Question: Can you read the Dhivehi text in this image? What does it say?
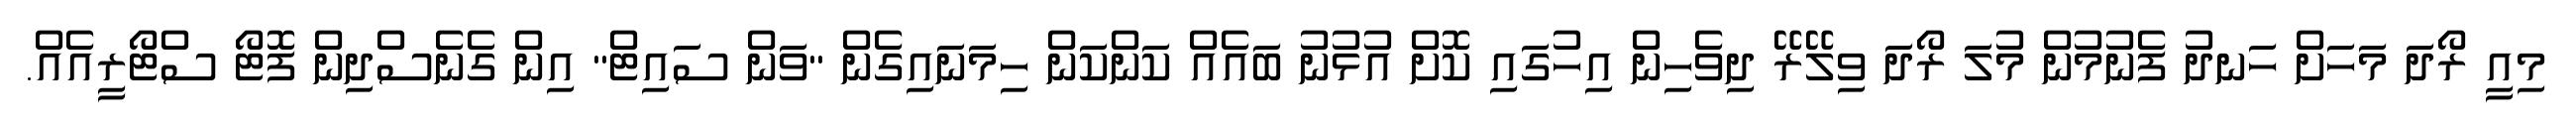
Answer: މިއީ ރޯދަ މަހަށް ހަނދު ފެނުމުން މުލަ ރޯދަ ވިލޭރޭ ދިވެހިން އިހުގައި ކޮށް އުޅުނު ބައެއް ކަންކަން ހިމަނައިގެން "ވަން ސައިޓް" އިން ގެނެސްދިން ފޮޓޯ ސްޓޯރީއެއް.